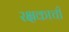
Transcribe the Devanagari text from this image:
रक्षकाची